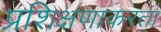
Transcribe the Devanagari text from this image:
प्रशिक्षणाकरता